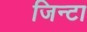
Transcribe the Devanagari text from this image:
जिन्टा